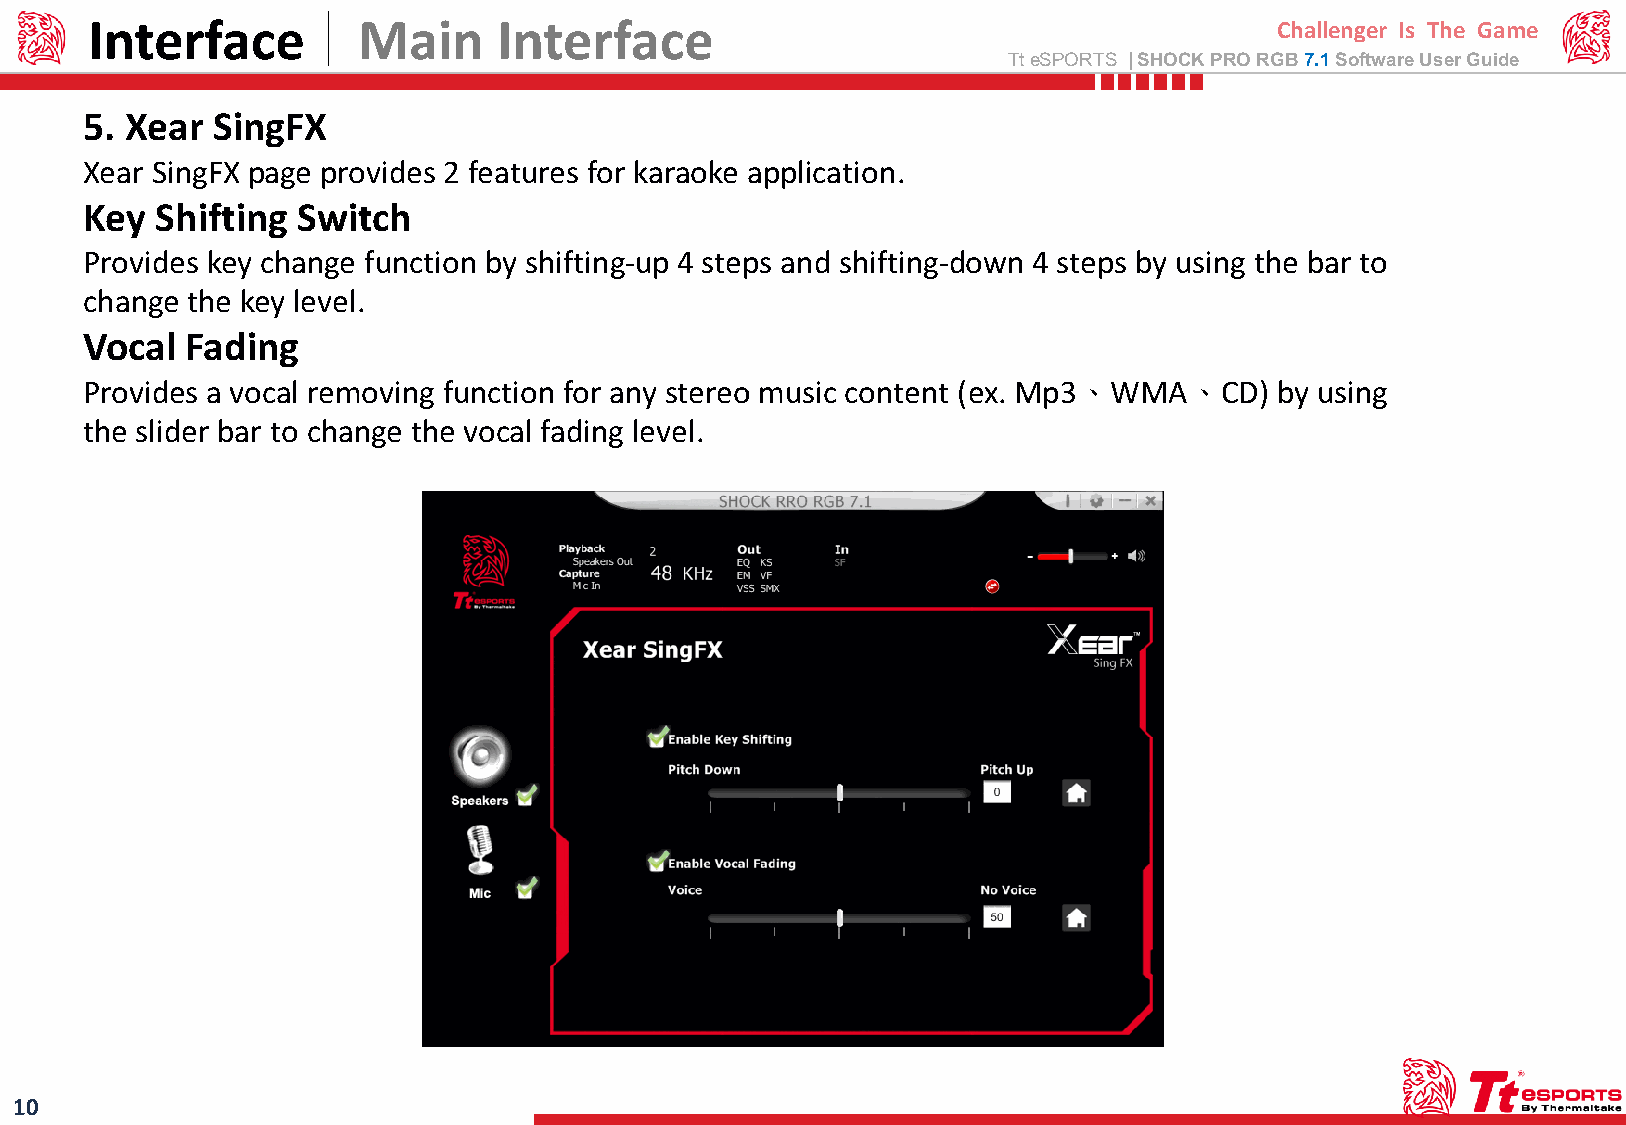
Interface         Main     Interface                                           Challenger Is The Game
 TteSPORTS | SHOCK PRO RGB7.1 Software User Guide
 5. Xear SingFX
 Xear SingFX page provides 2 features for karaoke application.
 Key Shifting  Switch
 Provides key change function by shifting-up 4 steps and shifting-down 4 steps by using the bar to
 change the key level.
 Vocal Fading
 Provides a vocal removing function for any stereo music content (ex. Mp3、WMA、CD) by using
 the slider bar to change the vocal fading level.
 10